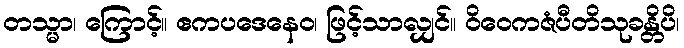
တသ္မာ၊ ကြောင့်။ ဧကပဒေနေဝ၊ ဖြင့်သာလျှင်။ ဝိဝေကဇံပီတိသုခန္တိပိ၊